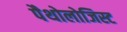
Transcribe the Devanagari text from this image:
पैथोलोजिस्ट